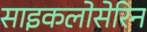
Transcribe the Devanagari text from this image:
साइकलोसेरिन